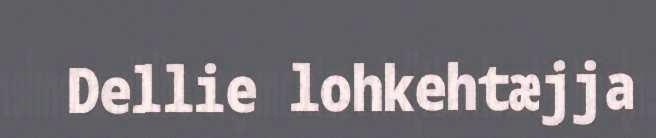
Dellie lohkehtæjja